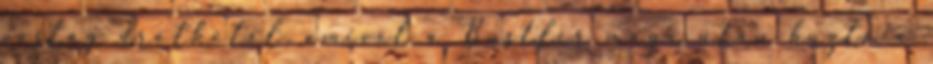
vastag drótkötél, amivel a Bustler maga után húzta a